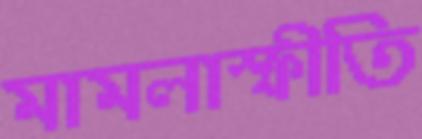
মামলাস্ফীতি